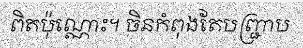
ពិតប៉ុណ្ណោះ។ ចិនកំពុងតែបញ្ជ្រាប